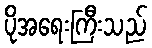
ပိုအရေးကြီးသည်